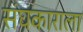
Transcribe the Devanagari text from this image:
संघकाराला